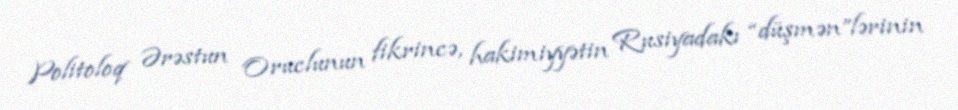
Politoloq Ərəstun Oruclunun fikrincə, hakimiyyətin Rusiyadakı “düşmən”lərinin